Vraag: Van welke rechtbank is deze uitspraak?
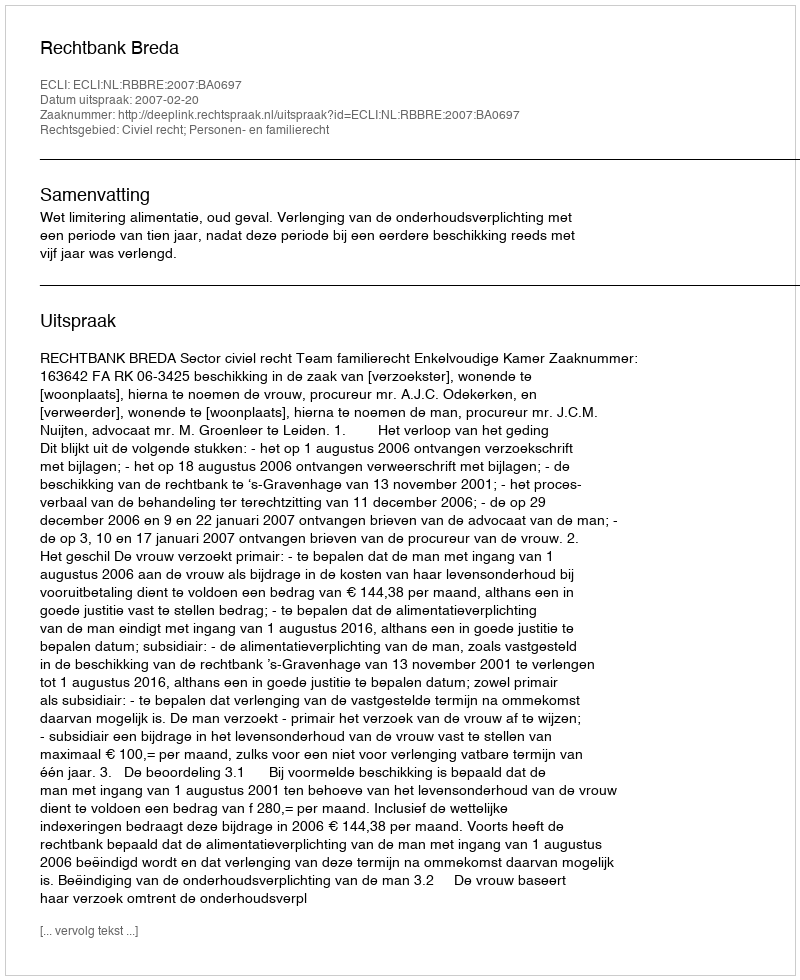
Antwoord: Rechtbank Breda